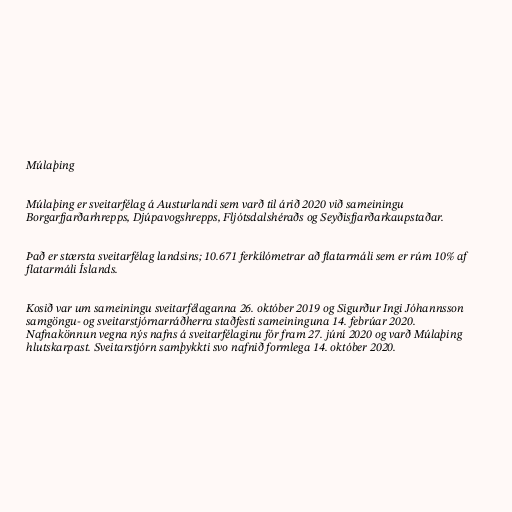
Múlaþing

Múlaþing er sveitarfélag á Austurlandi sem varð til árið 2020 við sameiningu
Borgarfjarðarhrepps, Djúpavogshrepps, Fljótsdalshéraðs og Seyðisfjarðarkaupstaðar.

Það er stærsta sveitarfélag landsins; 10.671 ferkílómetrar að flatarmáli sem er rúm 10% af
flatarmáli Íslands.

Kosið var um sameiningu sveitarfélaganna 26. október 2019 og Sigurður Ingi Jóhannsson
samgöngu- og sveitarstjórnarráðherra staðfesti sameininguna 14. febrúar 2020.
Nafnakönnun vegna nýs nafns á sveitarfélaginu fór fram 27. júní 2020 og varð Múlaþing
hlutskarpast. Sveitarstjórn samþykkti svo nafnið formlega 14. október 2020.